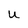
Character: U